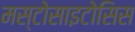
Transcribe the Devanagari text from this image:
मस्टोसाइटोसिस